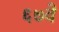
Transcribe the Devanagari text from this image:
६७वे